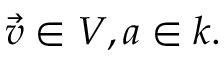
{ \vec { v } } \in V , a \in k .